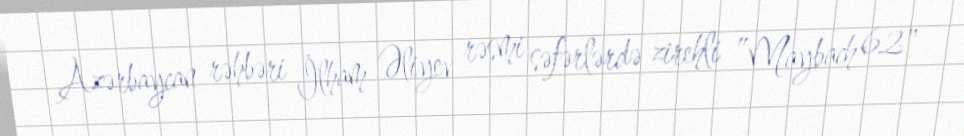
Azərbaycan rəhbəri İlham Əliyev rəsmi səfərlərdə zirehli ”Maybach 62"